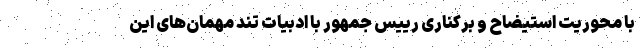
با محوریت استیضاح و برکناری رییس جمهور با ادبیات تند مهمان‌های این